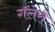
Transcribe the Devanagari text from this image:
गॅलेरी